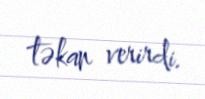
təkan verirdi.